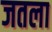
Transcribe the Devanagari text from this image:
जतला